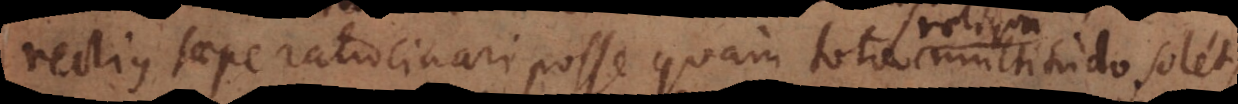
rectius saepe ratiocinari posse quam tota multitudo solet,